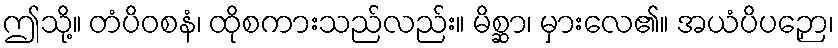
ဤသို့။ တံပိဝစနံ၊ ထိုစကားသည်လည်း။ မိစ္ဆာ၊ မှားလေ၏။ အယံပိပဉှော၊